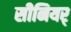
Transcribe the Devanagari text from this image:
सीनियर्